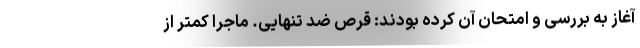
آغاز به بررسی و امتحان آن کرده بودند: قرص ضد تنهایی. ماجرا کمتر از